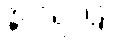
နိုင်ငံရပ်ခြား